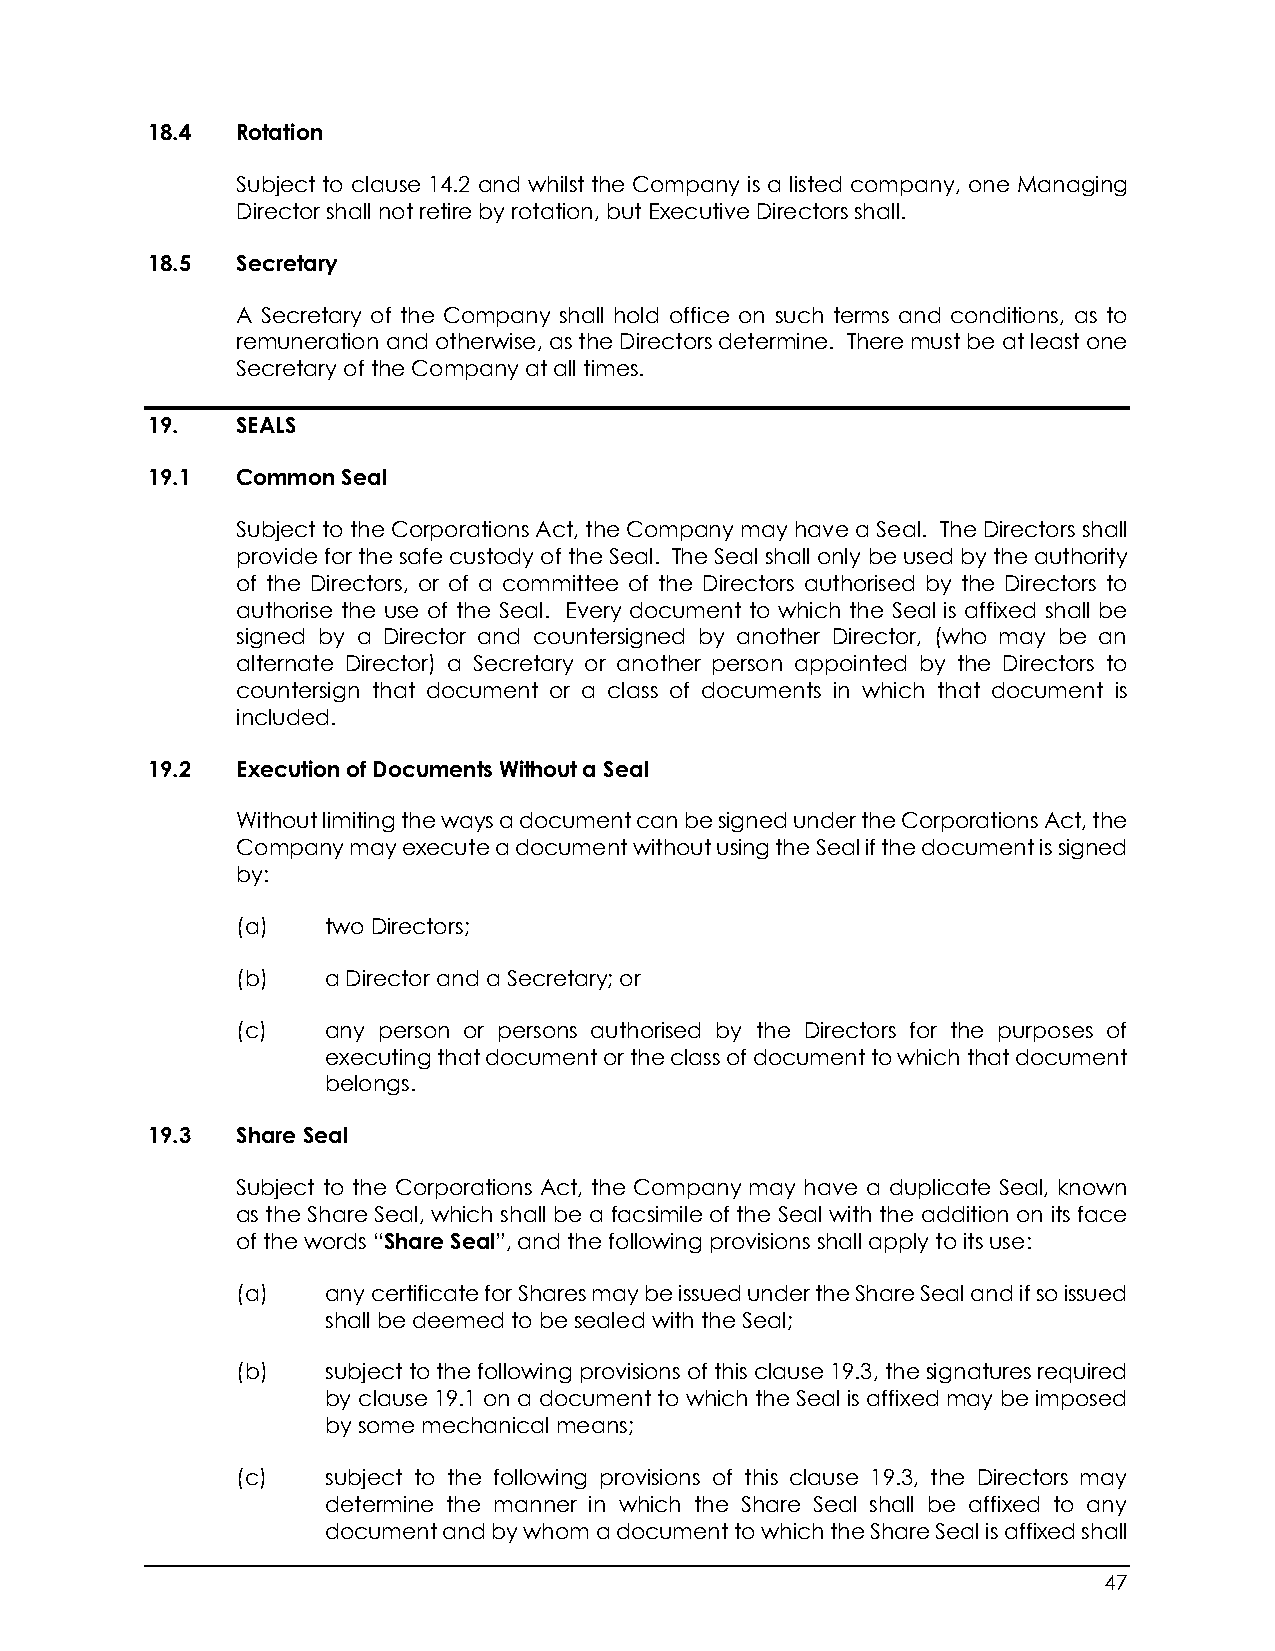
18.4  Rotation
 Subject to clause 14.2 and whilst the Company is a listed company, one Managing
 Director shall not retire by rotation, but Executive Directors shall.
 18.5  Secretary
 A Secretary of the Company shall hold office on such terms and conditions, as to
 remuneration and otherwise, as the Directors determine. There must be at least one
 Secretary of the Company at all times.
 19.   SEALS
 19.1  Common Seal
 Subject to the Corporations Act, the Company may have a Seal. The Directors shall
 provide for the safe custody of the Seal. The Seal shall only be used by the authority
 of the Directors, or of a committee of the Directors authorised by the Directors to
 authorise the use of the Seal. Every document to which the Seal is affixed shall be
 signed by a Director and countersigned by another Director, (who may be an
 alternate Director) a Secretary or another person appointed by the Directors to
 countersign that document or a class of documents in which that document is
 included.
 19.2  Execution of Documents Without a Seal
 Without limiting the ways a document can be signed under the Corporations Act, the
 Company may execute a document without using the Seal if the document is signed
 by:
 (a)   two Directors;
 (b)   a Director and a Secretary; or
 (c)   any person or persons authorised by the Directors for the purposes of
 executing that document or the class of document to which that document
 belongs.
 19.3  Share Seal
 Subject to the Corporations Act, the Company may have a duplicate Seal, known
 as the Share Seal, which shall be a facsimile of the Seal with the addition on its face
 of the words “Share Seal”, and the following provisions shall apply to its use:
 (a)   any certificate for Shares may be issued under the Share Seal and if so issued
 shall be deemed to be sealed with the Seal;
 (b)   subject to the following provisions of this clause 19.3, the signatures required
 by clause 19.1 on a document to which the Seal is affixed may be imposed
 by some mechanical means;
 (c)   subject to the following provisions of this clause 19.3, the Directors may
 determine the manner in which the Share Seal shall be affixed to any
 document and by whom a document to which the Share Seal is affixed shall
 47